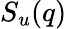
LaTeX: S_{u}(q)